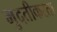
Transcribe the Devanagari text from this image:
मुदतीकरता